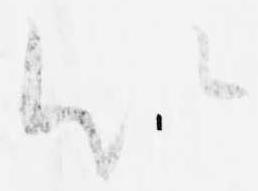
以